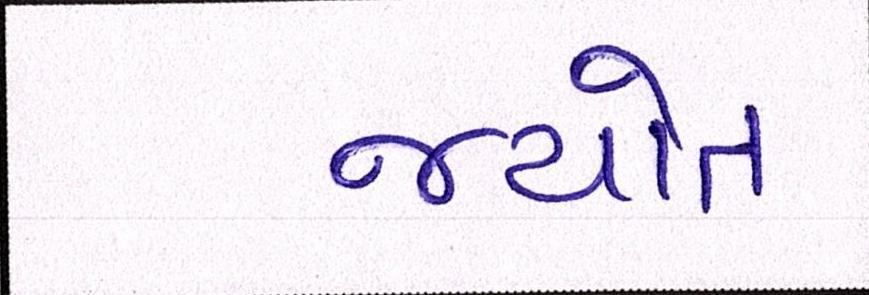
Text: જયોત